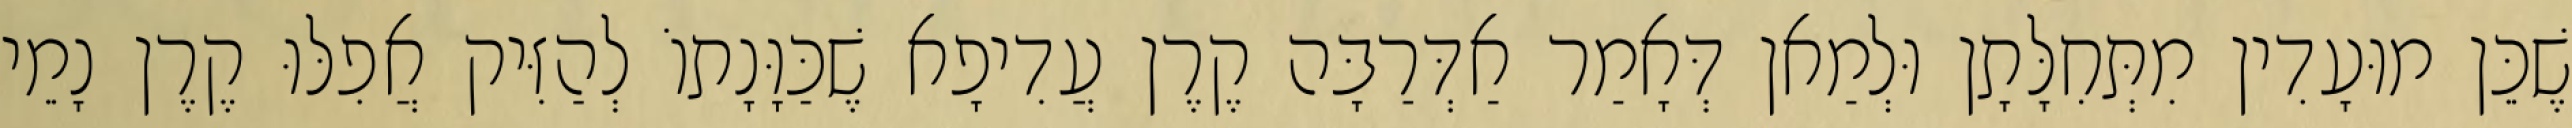
שֶׁכֵּן מוּעָדִין מִתְּחִלָּתָן וּלְמַאן דְּאָמַר אַדְּרַבָּה קֶרֶן עֲדִיפָא שֶׁכַּוָּנָתוֹ לְהַזִּיק אֲפִלּוּ קֶרֶן נָמֵי